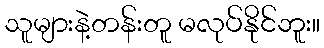
သူများနဲ့တန်းတူ မလုပ်နိုင်ဘူး။